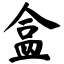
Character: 盒